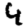
Digit: 4